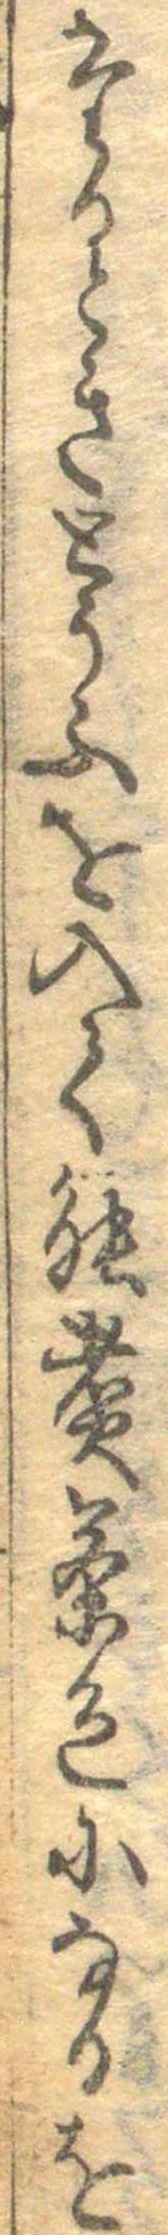
たるときとうふを入て能煮茶色になるを